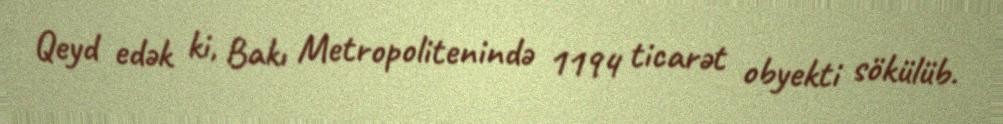
Qeyd edək ki, Bakı Metropolitenində 1194 ticarət obyekti sökülüb.